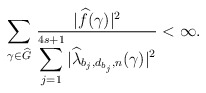
\begin{align*}\sum_{\gamma\in {\widehat G} }\,\frac{|{\widehat f}(\gamma)|^2}{\displaystyle\sum_{j=1}^{4s+1}|{\widehat \lambda_{b_j,d_{b_j},n}}(\gamma)|^{2}}<\infty.\end{align*}